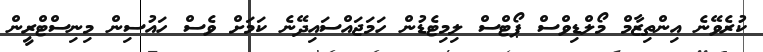
ކުރެވޭނެ އިންތިޒާމް މޯލްޑިވްސް ޕޯޓްސް ލިމިޓެޑުން ހަމަޖައްސައިދޭނެ ކަމަށް ވެސް ހައުސިން މިނިސްޓްރީން